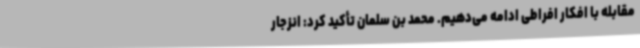
مقابله با افکار افراطی ادامه می‌دهیم. محمد بن سلمان تأکید کرد: انزجار